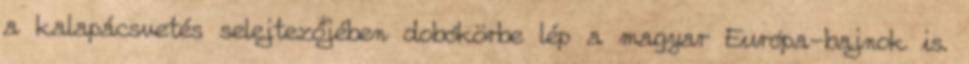
a kalapácsvetés selejtezőjében dobókörbe lép a magyar Európa-bajnok is.